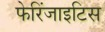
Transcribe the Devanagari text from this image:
फेरिंजाइटिस